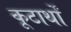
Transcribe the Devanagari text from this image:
कूटार्थों